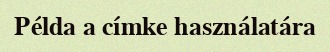
Példa a címke használatára